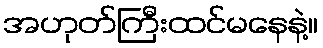
အဟုတ်ကြီးထင်မနေနဲ့။